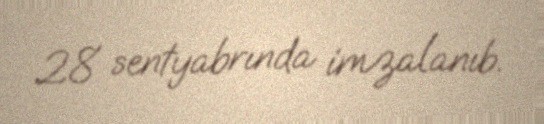
28 sentyabrında imzalanıb.